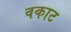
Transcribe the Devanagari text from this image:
वकाट